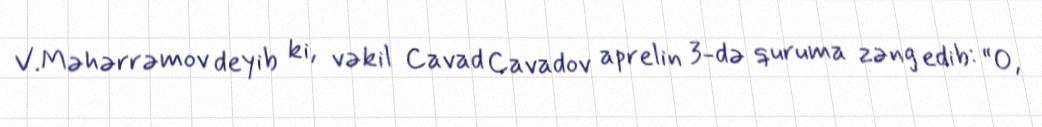
V.Məhərrəmov deyib ki, vəkil Cavad Cavadov aprelin 3-də quruma zəng edib: “O,